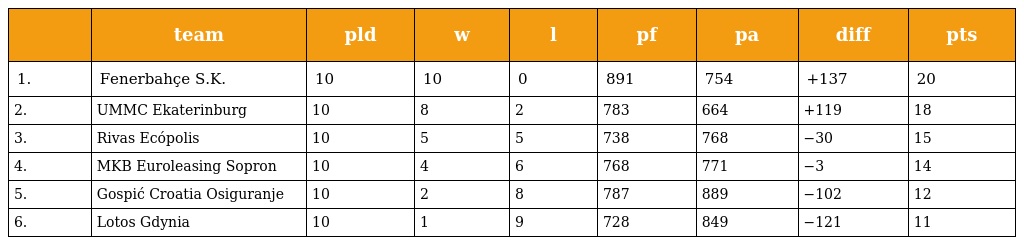
|  | team | pld | w | l | pf | pa | diff | pts |
 | --- | --- | --- | --- | --- | --- | --- | --- | --- |
 | 1. | Fenerbahçe S.K. | 10 | 10 | 0 | 891 | 754 | +137 | 20 |
 | 2. | UMMC Ekaterinburg | 10 | 8 | 2 | 783 | 664 | +119 | 18 |
 | 3. | Rivas Ecópolis | 10 | 5 | 5 | 738 | 768 | −30 | 15 |
 | 4. | MKB Euroleasing Sopron | 10 | 4 | 6 | 768 | 771 | −3 | 14 |
 | 5. | Gospić Croatia Osiguranje | 10 | 2 | 8 | 787 | 889 | −102 | 12 |
 | 6. | Lotos Gdynia | 10 | 1 | 9 | 728 | 849 | −121 | 11 |